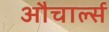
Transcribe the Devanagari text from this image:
औचार्ल्स